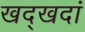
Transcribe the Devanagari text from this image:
खद्खदां